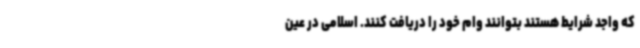
که واجد شرایط هستند بتوانند وام خود را دریافت کنند. اسلامی در عین